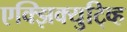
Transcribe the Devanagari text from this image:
एक्झिक्युटि्व्ह